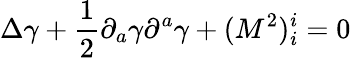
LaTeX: \Delta\gamma+{\frac{1}{2}}{\partial}_{a}\gamma{\partial}^{a}\gamma+(M^{2})_{i}^{i}=0